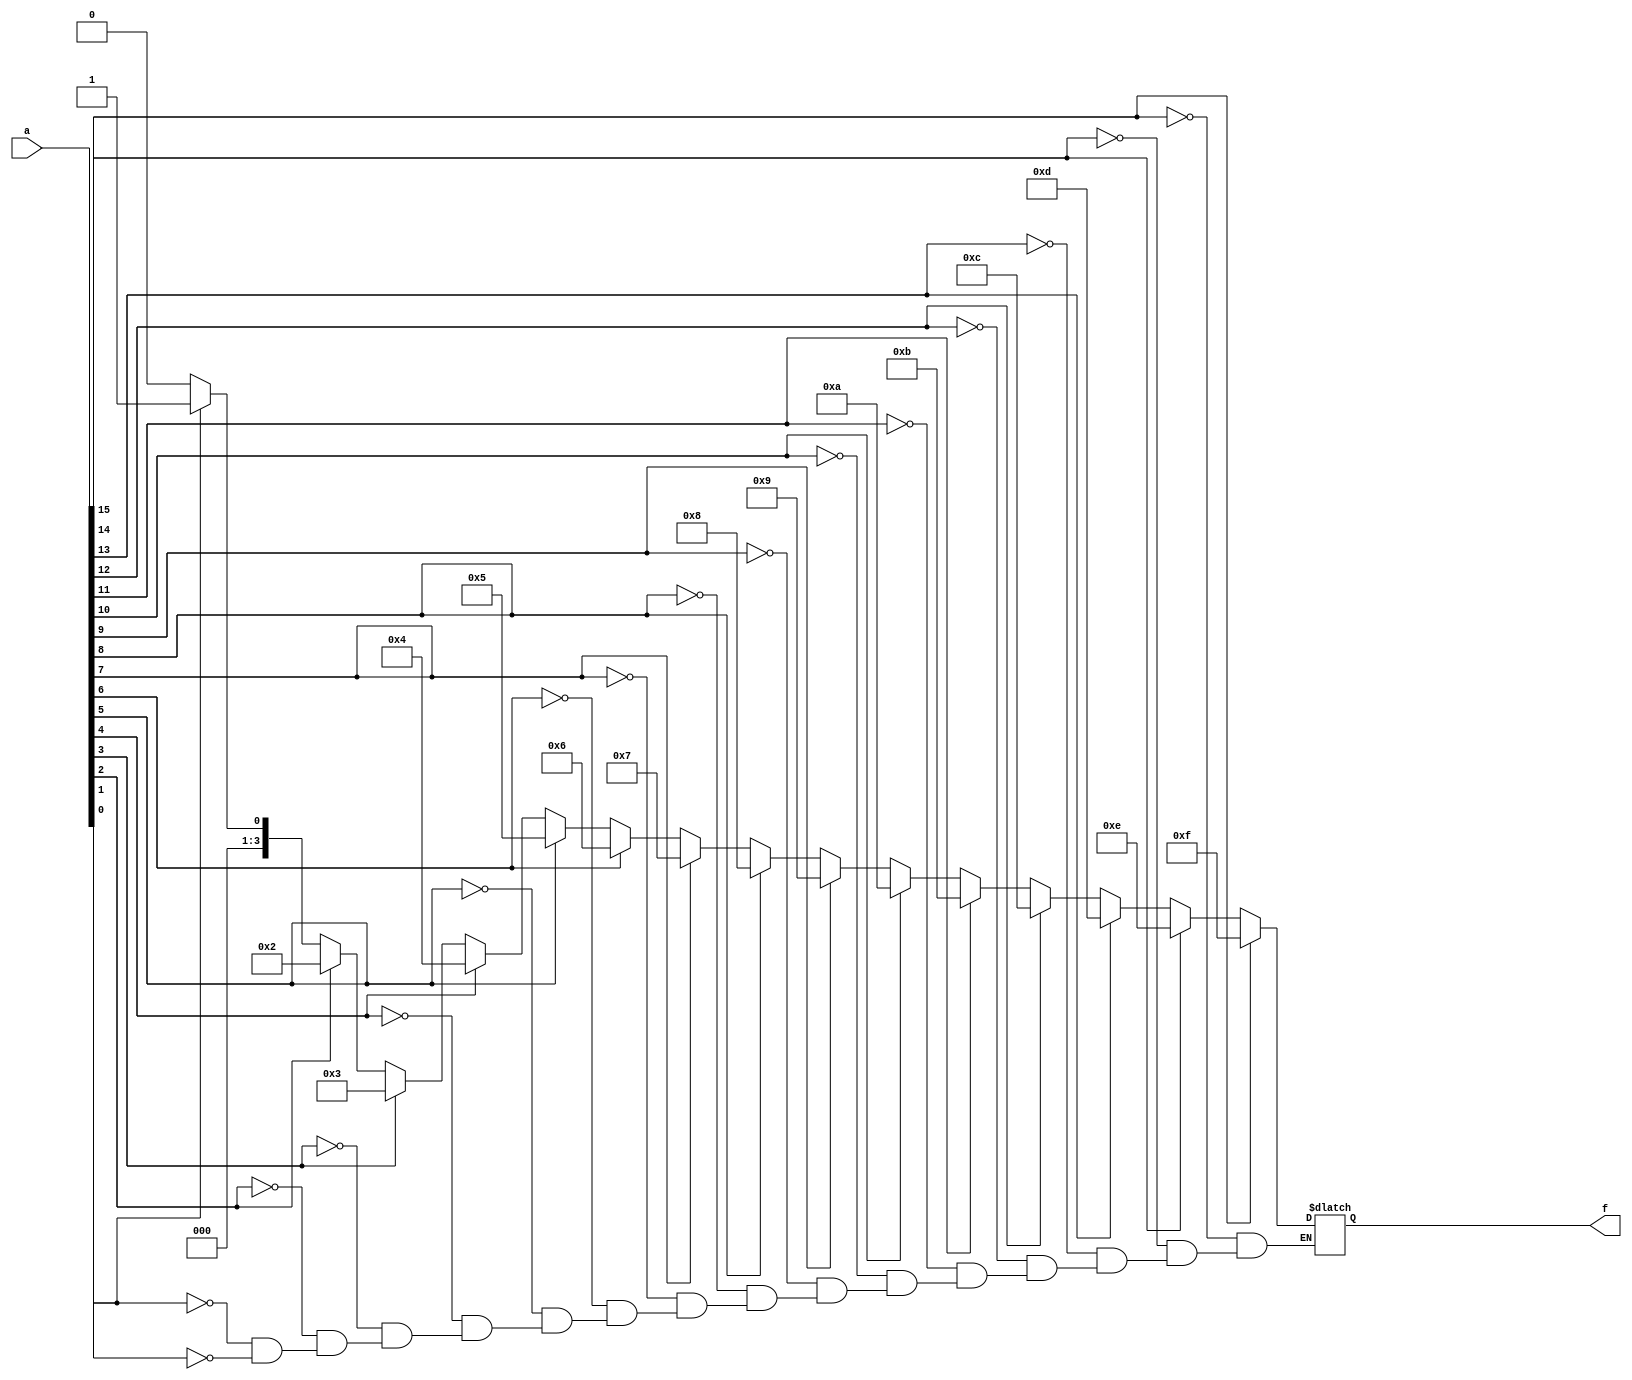
module encoder16to4(a,f);
	input [15:0] a;
	output reg [3:0] f;
	integer i;
	always @(a)
	begin
		for(i=0;i<16;i=i+1)
		begin
			if(a[i] == 1)
				f=i;
		end
	end
endmodule